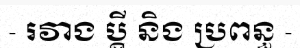
- រវាង ប្តី និង ប្រពន្ធ -